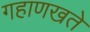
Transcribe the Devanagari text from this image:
गहाणखते